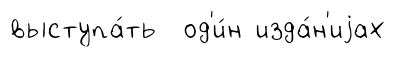
выступа́ть од'и́н изда́н'иjах